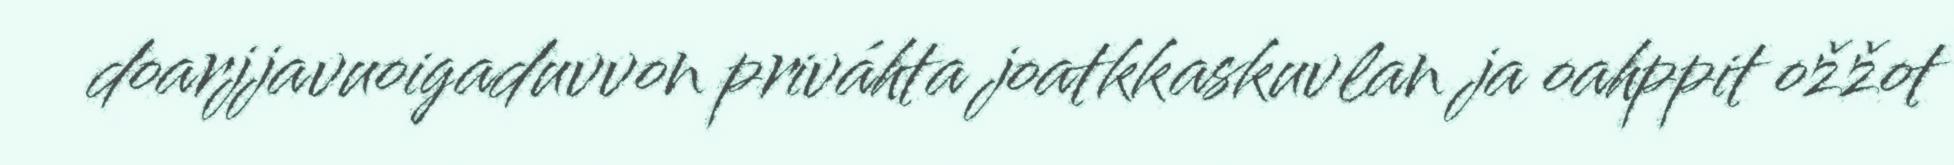
doarjjavuoigaduvvon priváhta joatkkaskuvlan ja oahppit ožžot